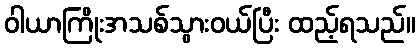
ဝါယာကြိုးအသစ်သွားဝယ်ပြီး ထည့်ရသည်။